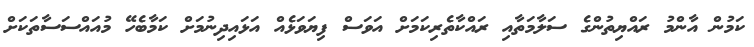
ކަމުން އާންމު ރައްޔިތުންގެ ސަލާމަތާއި ރައްކާތެރިކަމަށް އަވަސް ފިޔަވަޅެއް އަޅައިދިނުމަށް ކަމާބެހޭ މުއައްސަސާތަކަށް